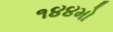
૧૪૪મો